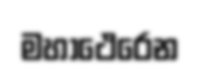
මහාථෙරෙන